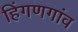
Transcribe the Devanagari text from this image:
हिंगणगांव